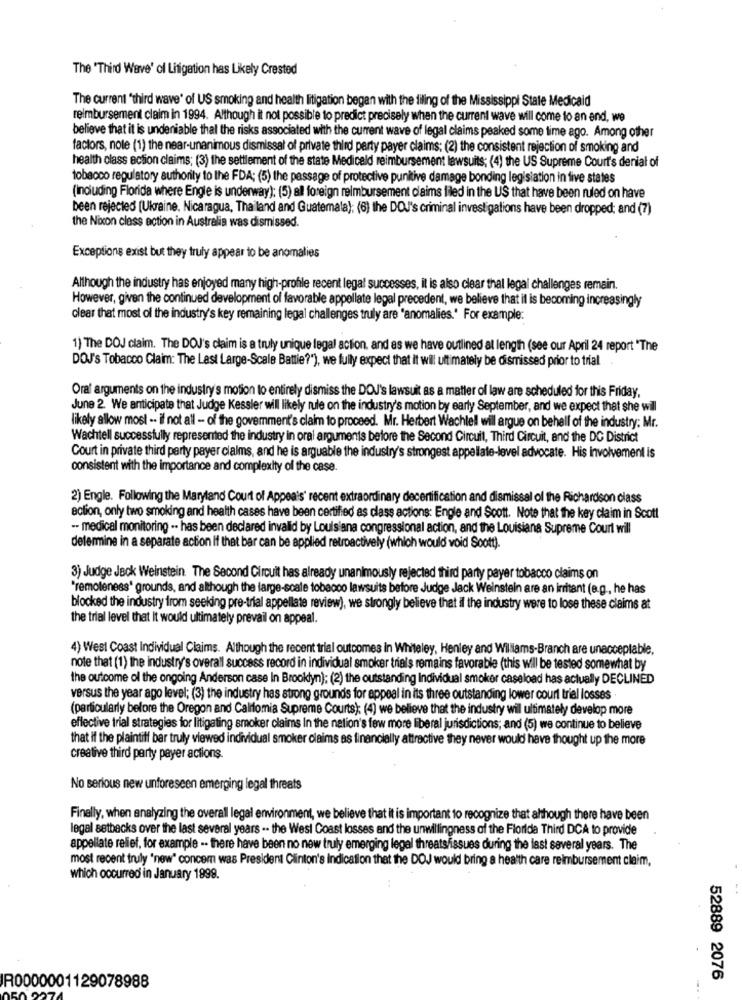
The "Third Wave' ol Litigation has Likely Crested
The current "third wave' of US smoking and health litigation began with the filing of the Mississippi State Medicaid
reimbursement claim in 1994. Although it not possible to predict precisely when the current wave will come to an end, we
believe that it is undeniable thal the risks associated with the current wave of legal claims peaked some time ago. Among other
factors, note (1) the near-unanimous dismissal of private third party payer claims: (2) the consistent rejection of smoking and
health class action claims; (3) the settlement of the state Medicald reimbursement lawsuits; (4) the US Supreme Court's denial of
tobacco regulatory authority to the FDA; (5) the passage of protective punitive damage bonding legislation in five states
(including Florida where Engle is underway); (5) all foreign reimbursement claims filed in the US that have been ruled on have
been rejected [Ukraine, Nicaragua, Thailand and Guatemala); (6) the DOJ's criminal investigations have been dropped; and (7)
the Nixcon class action in Australia was dismissed.
Exceptions exist but they truly appear to be anomalies
Although the industry has enjoyed many high-profile recent legal successes, it is also clear thal legal challenges remain.
However, given the continued development of favorable appellate legal precedent, we believe that it is becoming increasingly
clear that most of the industry's key remaining legal challenges truly are "anomalies.' For example:
1) The DOJ claim. The DOJ's claim is a truly unique legal action, and as we have outlined at length (see our April 24 report "The
DOJ's Tobacco Claim: The Last Large-Scale Battie?"), we fully expect that it will ultimately be dismissed prior to trial
Oral arguments on the industry's motion to entirely dismiss the DOJ's lawsuit as a matter of law are scheduled for this Friday,
June 2. We anticipate that Judge Kessler will likely rule on the industry's motion by early September, and we expect that she wil
likely allow most -. il not all - of the government's claim to proceed. Mr. Herbert Wachlell wil argue on behalf of the industry; Mr.
Wachtell successfully represented the industry in oral arguments before the Second Circuit, Third Circuit, and the DC District
Court in private third party payer claims, and he is arguable the industry's strongest appellate-level advocate. His involvement is
consistent with the importance and complexity of the case.
2) Engle. Following the Maryland Court of Appeals' recent extraordinary decertification and dismissal of the Richardson class
ection, only two smoking and health cases have been certified as class actions: Engle and Scott. Note that the key claim in Scott
- medical monitoring -· has been declared invalid by Louisiana congressional action, and the Louisiana Supreme Court will
determine in a separate action if that bar can be applied retroactively (which would void Soott).
3) Judge Jack Weinstein The Second Circuit has already unanimously rejected third party payer tobacco claims on
"remoteness' grounds, and although the large-scale tobacco lawsuits before Judge Jack Weinstein are an irritant (e.g ., he has
blocked the industry from seeking pre-trial appellate review), we strongly believe that il the industry were to lose these claims at
the trial level that It would ultimately prevail on appeal.
4) West Coast individual Claims. Although the recent trial outcomes in Whiteley, Henley and Williams-Branch are unacceptable,
note that (1) the industry's overall success record in individual smoker trials remains favorable (this will be tested somewhat by
the outcome ol the ongoing Anderson case In Brooklyn); (2) the outstanding Individual smoker caseload has actually DECLINED
versus the year ago level; (3) the industry has strong grounds for appeal in its three outstanding lower court trial losses .
(particularly before the Oregon and Califomia Supreme Courts): (4) we believe that the industry will ultimately develop more
effective trial strategies for litigating smoker claims In the nation's few more liberal jurisdictions; and (5) we continue to believe
that if the plaintiff bar truly viewed individual smoker claims as financially attractive they never would have thought up the more
creative third party payer actions
No serious new unforeseen emerging legal threats
Finally, when analyzing the overall legal environment, we believe that it is important to recognize that although there have been
legal setbacks over the last several years .. the West Coast losses and the unwillingness of the Florida Third DCA to provide
appellate relief, for example -. there have been no new truly emerging legal threats/issues during the last several years. The
most recent truly "new" concem was President Clinton's Indication that the DOJ would bring a health care reimbursement claim,
which occurred in January 1999.
52889 2076
R0000001129078988